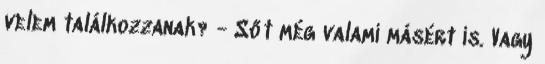
velem találkozzanak? - Sőt még valami másért is. Vagy